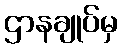
ဌာနချုပ်မှ